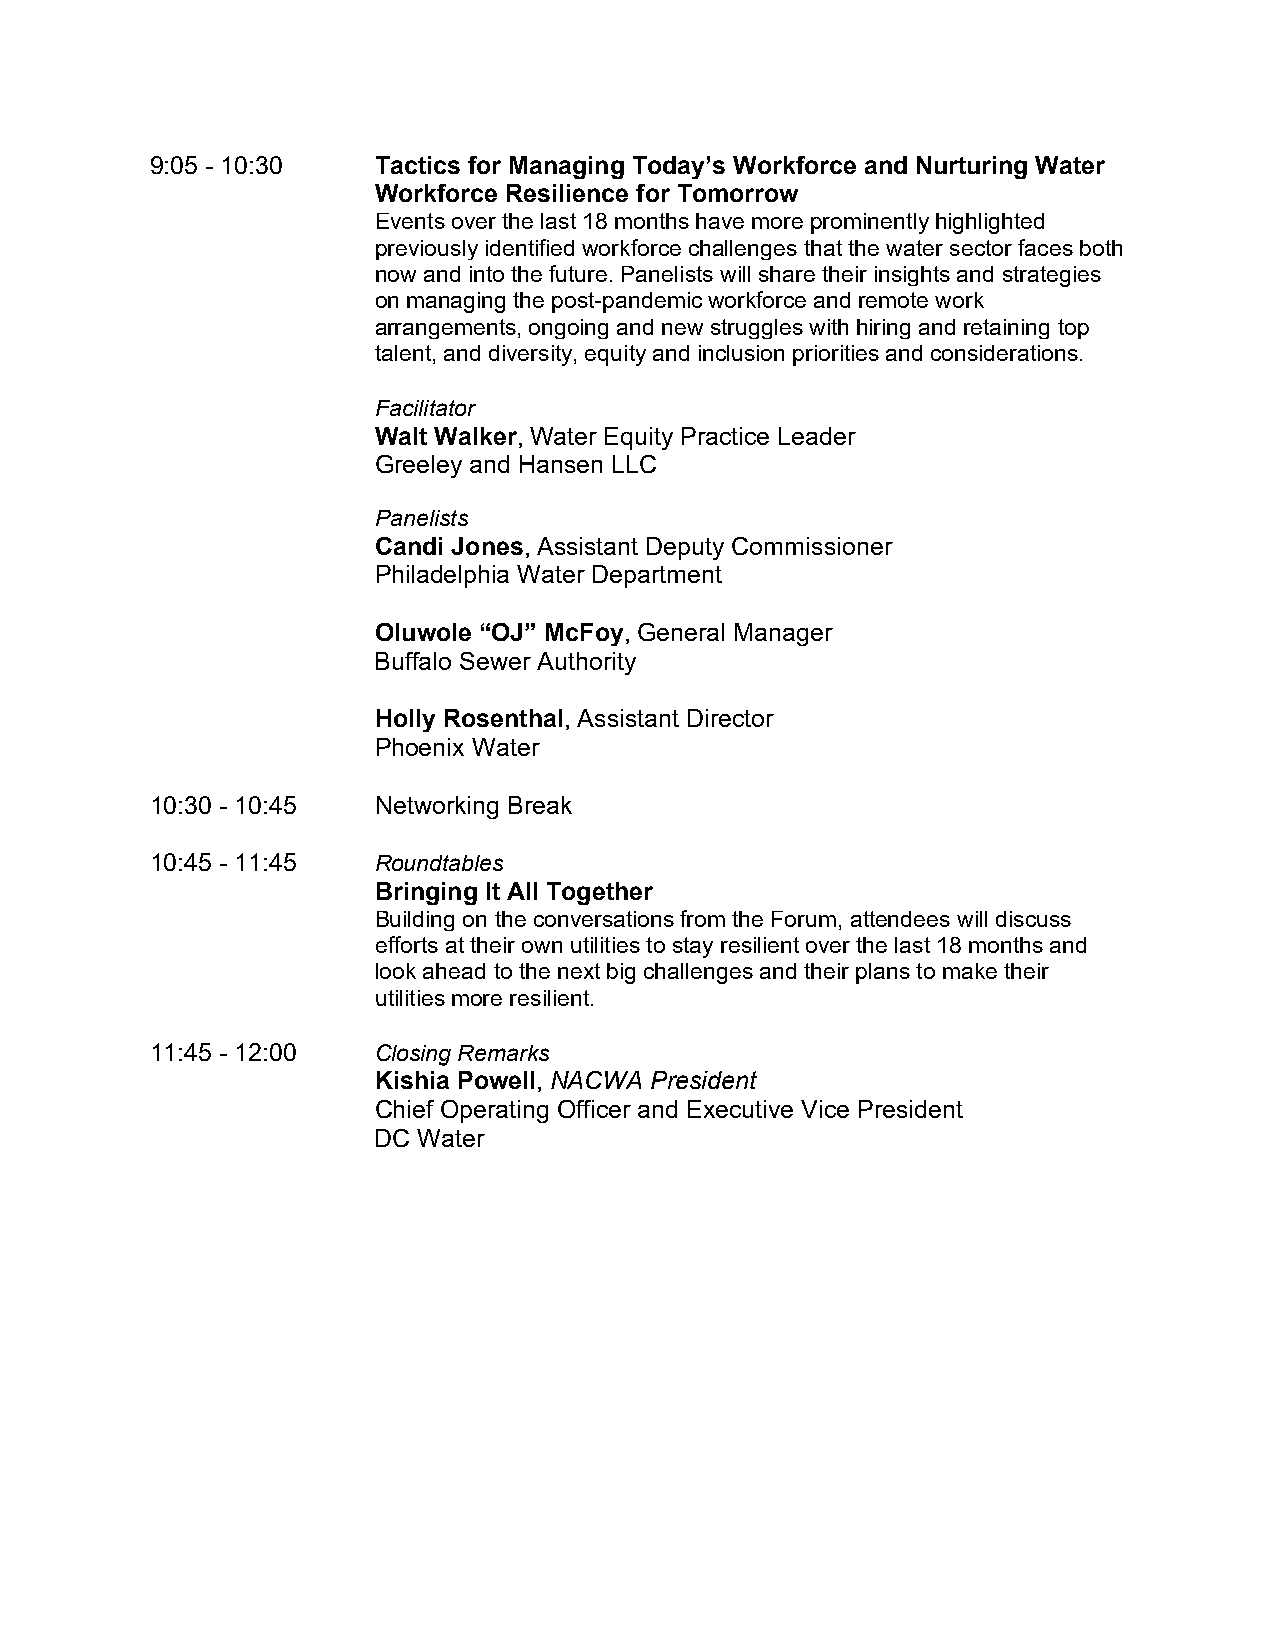
9:05 - 10:30   Tactics for Managing Today’s Workforce and Nurturing Water
 Workforce Resilience for Tomorrow
 Events over the last 18 months have more prominently highlighted
 previously identified workforce challenges that the water sector faces both
 now and into the future. Panelists will share their insights and strategies
 on managing the post-pandemic workforce and remote work
 arrangements, ongoing and new struggles with hiring and retaining top
 talent, and diversity, equity and inclusion priorities and considerations.
 Facilitator
 Walt Walker, Water Equity Practice Leader
 Greeley and Hansen LLC
 Panelists
 Candi Jones, Assistant Deputy Commissioner
 Philadelphia Water Department
 Oluwole “OJ” McFoy, General Manager
 Buffalo Sewer Authority
 Holly Rosenthal, Assistant Director
 Phoenix Water
 10:30 - 10:45  Networking Break
 10:45 - 11:45  Roundtables
 Bringing It All Together
 Building on the conversations from the Forum, attendees will discuss
 efforts at their own utilities to stay resilient over the last 18 months and
 look ahead to the next big challenges and their plans to make their
 utilities more resilient.
 11:45 - 12:00  Closing Remarks
 Kishia Powell, NACWA President
 Chief Operating Officer and Executive Vice President
 DC Water